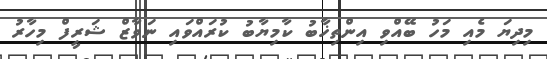
މިދިޔަ މެއި މަހު ބޭއްވި އިންތިޚާބު ކާމިޔާބު ކުރައްވައި ނަވާޒް ޝަރީފް މިހާރު